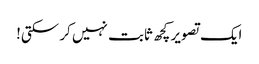
ایک تصویر کچھ ثابت نہیں کر سکتی!